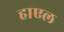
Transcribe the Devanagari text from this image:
हाएल